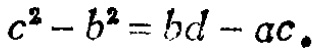
\(c^{2}-b^{2}=bd - ac\)